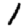
Digit: 1